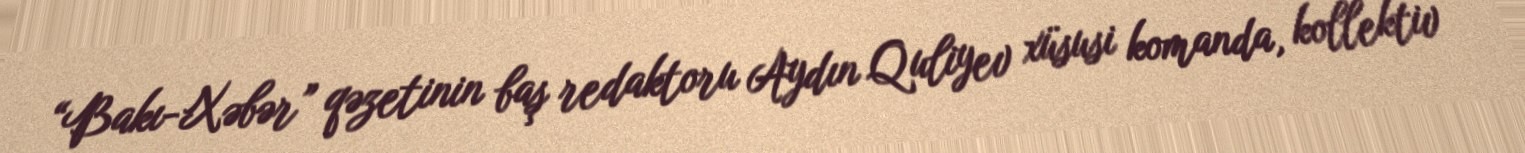
“Bakı-Xəbər” qəzetinin baş redaktoru Aydın Quliyev xüsusi komanda, kollektiv